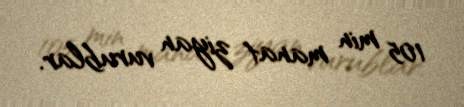
105 min manat ziyan vurublar.